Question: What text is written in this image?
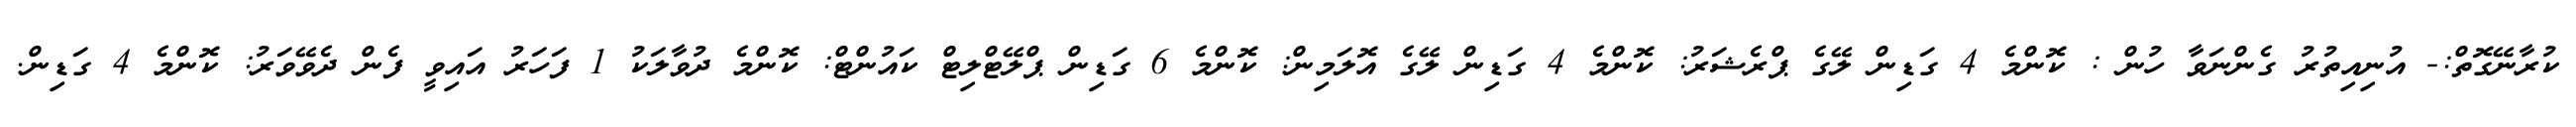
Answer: ކުރާނޭގޮތް:- އުނިއިތުރު ގެންނަވާ ހުން : ކޮންމެ 4 ގަޑިން ލޭގެ ޕްރެޝަރު: ކޮންމެ 4 ގަޑިން ލޭގެ އޮލަމިން: ކޮންމެ 6 ގަޑިން ޕްލޭޓްލިޓް ކައުންޓް: ކޮންމެ ދުވާލަކު 1 ފަހަރު އައިވީ ފެން ދެވޭވަރު: ކޮންމެ 4 ގަޑިން.